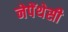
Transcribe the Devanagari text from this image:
नेपेंथेसी